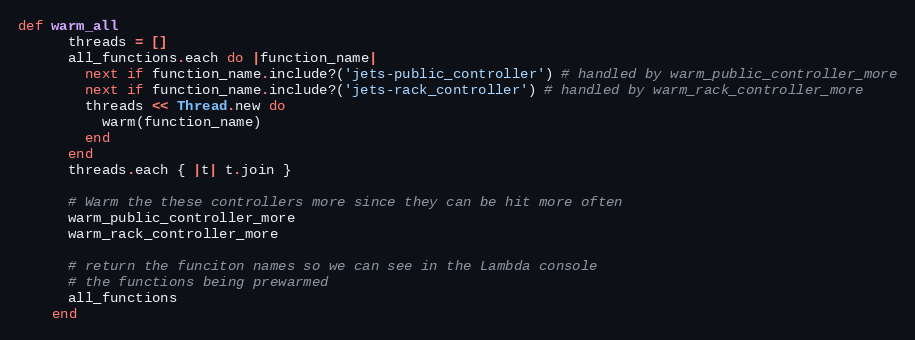
Language: Ruby
def warm_all
      threads = []
      all_functions.each do |function_name|
        next if function_name.include?('jets-public_controller') # handled by warm_public_controller_more
        next if function_name.include?('jets-rack_controller') # handled by warm_rack_controller_more
        threads << Thread.new do
          warm(function_name)
        end
      end
      threads.each { |t| t.join }

      # Warm the these controllers more since they can be hit more often
      warm_public_controller_more
      warm_rack_controller_more

      # return the funciton names so we can see in the Lambda console
      # the functions being prewarmed
      all_functions
    end